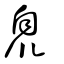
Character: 臮